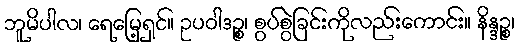
ဘူမိပါလ၊ ရေမြေ့ရှင်။ ဥပဝါဒဉ္စ၊ စွပ်စွဲခြင်းကိုလည်းကောင်း။ နိန္ဒဉ္စ၊